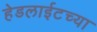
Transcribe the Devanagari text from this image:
हेडलाईटच्या